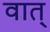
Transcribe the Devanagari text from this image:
वात्